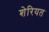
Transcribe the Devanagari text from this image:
शेरियत